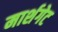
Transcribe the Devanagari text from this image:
मार्शगेट